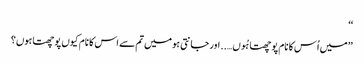
‘‘
’’میں اُس کا نام پوچھتا ہُوں….. اور جانتی ہو میں تم سے اس کا نام کیوں پوچھتا ہوں؟